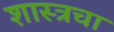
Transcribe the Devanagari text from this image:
शास्त्रचा